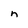
Character: n